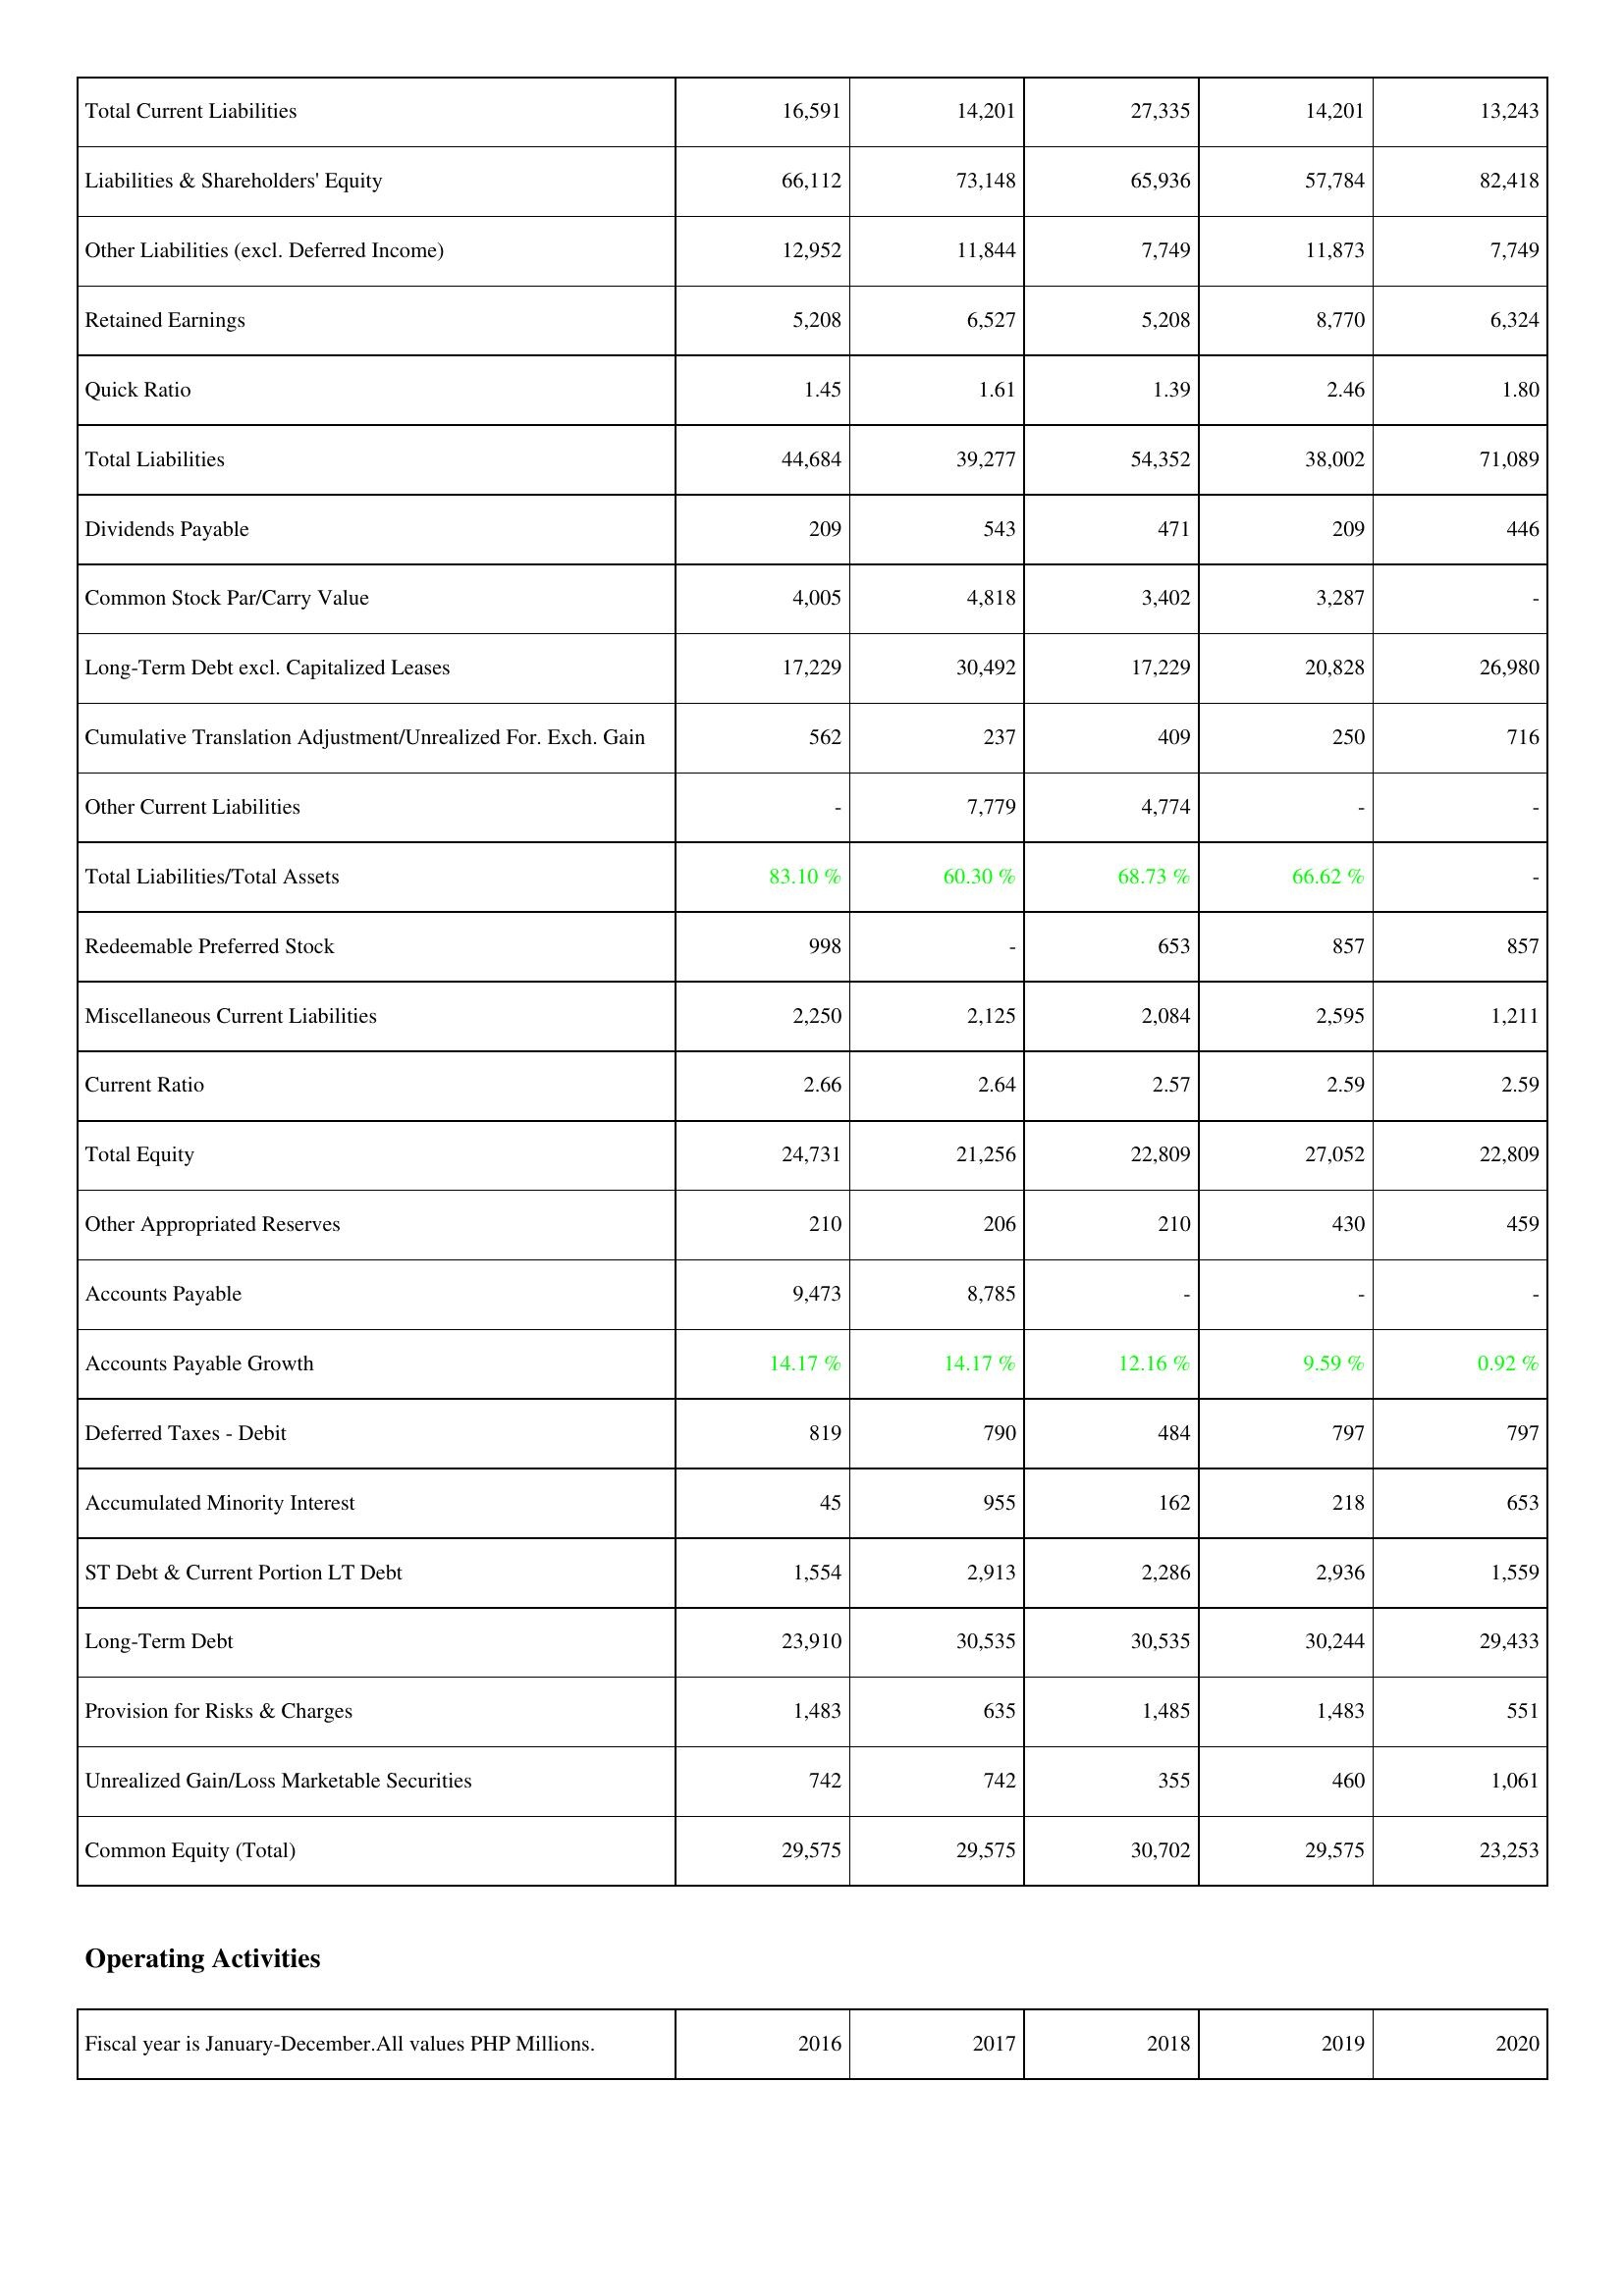
2016: Liabilities & Shareholders' Equity: Total Current Liabilities: 16,591
Liabilities & Shareholders' Equity: 66,112
Other Liabilities (excl. Deferred Income): 12,952
Retained Earnings: 5,208
Quick Ratio: 1.45
Total Liabilities: 44,684
Dividends Payable: 209
Common Stock Par/Carry Value: 4,005
Long-Term Debt excl. Capitalized Leases: 17,229
Cumulative Translation Adjustment/Unrealized For. Exch. Gain: 562
Other Current Liabilities: -
Total Liabilities/Total Assets: 83.10 %
Redeemable Preferred Stock: 998
Miscellaneous Current Liabilities: 2,250
Current Ratio: 2.66
Total Equity: 24,731
Other Appropriated Reserves: 210
Accounts Payable: 9,473
Accounts Payable Growth: 14.17 %
Deferred Taxes - Debit: 819
Accumulated Minority Interest: 45
ST Debt & Current Portion LT Debt: 1,554
Long-Term Debt: 23,910
Provision for Risks & Charges: 1,483
Unrealized Gain/Loss Marketable Securities: 742
Common Equity (Total): 29,575
2017: Liabilities & Shareholders' Equity: Total Current Liabilities: 14,201
Liabilities & Shareholders' Equity: 73,148
Other Liabilities (excl. Deferred Income): 11,844
Retained Earnings: 6,527
Quick Ratio: 1.61
Total Liabilities: 39,277
Dividends Payable: 543
Common Stock Par/Carry Value: 4,818
Long-Term Debt excl. Capitalized Leases: 30,492
Cumulative Translation Adjustment/Unrealized For. Exch. Gain: 237
Other Current Liabilities: 7,779
Total Liabilities/Total Assets: 60.30 %
Redeemable Preferred Stock: -
Miscellaneous Current Liabilities: 2,125
Current Ratio: 2.64
Total Equity: 21,256
Other Appropriated Reserves: 206
Accounts Payable: 8,785
Accounts Payable Growth: 14.17 %
Deferred Taxes - Debit: 790
Accumulated Minority Interest: 955
ST Debt & Current Portion LT Debt: 2,913
Long-Term Debt: 30,535
Provision for Risks & Charges: 635
Unrealized Gain/Loss Marketable Securities: 742
Common Equity (Total): 29,575
2018: Liabilities & Shareholders' Equity: Total Current Liabilities: 27,335
Liabilities & Shareholders' Equity: 65,936
Other Liabilities (excl. Deferred Income): 7,749
Retained Earnings: 5,208
Quick Ratio: 1.39
Total Liabilities: 54,352
Dividends Payable: 471
Common Stock Par/Carry Value: 3,402
Long-Term Debt excl. Capitalized Leases: 17,229
Cumulative Translation Adjustment/Unrealized For. Exch. Gain: 409
Other Current Liabilities: 4,774
Total Liabilities/Total Assets: 68.73 %
Redeemable Preferred Stock: 653
Miscellaneous Current Liabilities: 2,084
Current Ratio: 2.57
Total Equity: 22,809
Other Appropriated Reserves: 210
Accounts Payable: -
Accounts Payable Growth: 12.16 %
Deferred Taxes - Debit: 484
Accumulated Minority Interest: 162
ST Debt & Current Portion LT Debt: 2,286
Long-Term Debt: 30,535
Provision for Risks & Charges: 1,485
Unrealized Gain/Loss Marketable Securities: 355
Common Equity (Total): 30,702
2019: Liabilities & Shareholders' Equity: Total Current Liabilities: 14,201
Liabilities & Shareholders' Equity: 57,784
Other Liabilities (excl. Deferred Income): 11,873
Retained Earnings: 8,770
Quick Ratio: 2.46
Total Liabilities: 38,002
Dividends Payable: 209
Common Stock Par/Carry Value: 3,287
Long-Term Debt excl. Capitalized Leases: 20,828
Cumulative Translation Adjustment/Unrealized For. Exch. Gain: 250
Other Current Liabilities: -
Total Liabilities/Total Assets: 66.62 %
Redeemable Preferred Stock: 857
Miscellaneous Current Liabilities: 2,595
Current Ratio: 2.59
Total Equity: 27,052
Other Appropriated Reserves: 430
Accounts Payable: -
Accounts Payable Growth: 9.59 %
Deferred Taxes - Debit: 797
Accumulated Minority Interest: 218
ST Debt & Current Portion LT Debt: 2,936
Long-Term Debt: 30,244
Provision for Risks & Charges: 1,483
Unrealized Gain/Loss Marketable Securities: 460
Common Equity (Total): 29,575
2020: Liabilities & Shareholders' Equity: Total Current Liabilities: 13,243
Liabilities & Shareholders' Equity: 82,418
Other Liabilities (excl. Deferred Income): 7,749
Retained Earnings: 6,324
Quick Ratio: 1.80
Total Liabilities: 71,089
Dividends Payable: 446
Common Stock Par/Carry Value: -
Long-Term Debt excl. Capitalized Leases: 26,980
Cumulative Translation Adjustment/Unrealized For. Exch. Gain: 716
Other Current Liabilities: -
Total Liabilities/Total Assets: -
Redeemable Preferred Stock: 857
Miscellaneous Current Liabilities: 1,211
Current Ratio: 2.59
Total Equity: 22,809
Other Appropriated Reserves: 459
Accounts Payable: -
Accounts Payable Growth: 0.92 %
Deferred Taxes - Debit: 797
Accumulated Minority Interest: 653
ST Debt & Current Portion LT Debt: 1,559
Long-Term Debt: 29,433
Provision for Risks & Charges: 551
Unrealized Gain/Loss Marketable Securities: 1,061
Common Equity (Total): 23,253